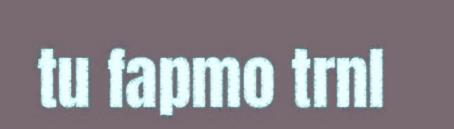
tu fapmo trnl